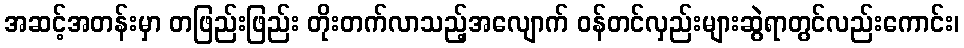
အဆင့်အတန်းမှာ တဖြည်းဖြည်း တိုးတက်လာသည့်အလျောက် ဝန်တင်လှည်းများဆွဲရာတွင်လည်းကောင်း၊